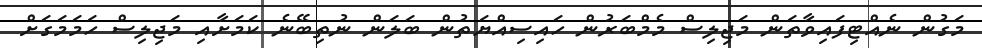
މަގުން ނެއްޓިފައިވާތަން މަޖިލިސް މެމްބަރުން ހައިސިއްޔަތުން ބަލަން ނުތިބޭނެ ކަަމަށާއި މަޖިލިސް ހަމަމަގަށް